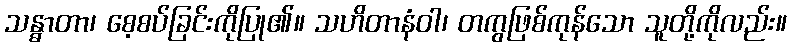
သန္ဓာတာ၊ စေ့စပ်ခြင်းကိုပြု၏။ သဟိတာနံဝါ၊ တကွဖြစ်ကုန်သော သူတို့ကိုလည်း။